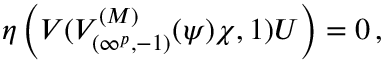
\eta \left( V ( V _ { ( \infty ^ { p } , - 1 ) } ^ { ( M ) } ( \psi ) \chi , 1 ) U \right) = 0 \, ,